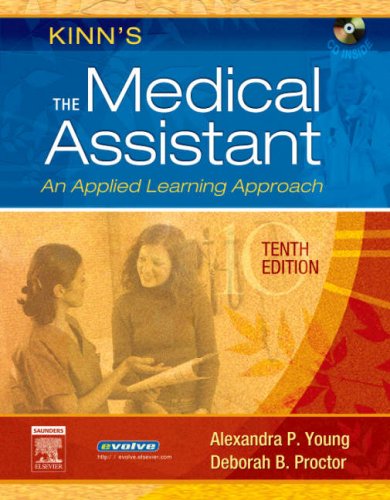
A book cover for Kinn's The Medical Assistant: An Applied Learning Approach, 10e (Medical Assistant (Kinn's)); Alexandra Patricia Adams BBA  RMA  CMA (AAMA)  MA; Medical Books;